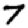
Digit: 7